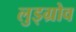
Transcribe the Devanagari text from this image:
लुड्ग्रोव